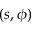
( s , \phi )